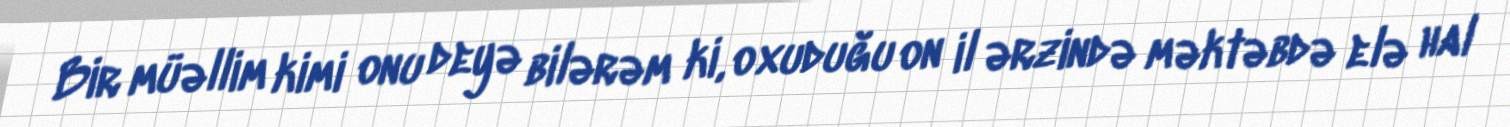
Bir müəllim kimi onu deyə bilərəm ki, oxuduğu on il ərzində məktəbdə elə hal